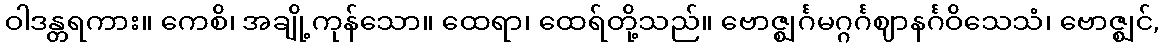
ဝါဒန္တရကား။ ကေစိ၊ အချို့ကုန်သော။ ထေရာ၊ ထေရ်တို့သည်။ ဗောဇ္ဈင်္ဂမဂ္ဂင်္ဂဈာနင်္ဂဝိသေသံ၊ ဗောဇ္ဈင်,